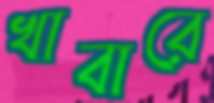
খাবারে